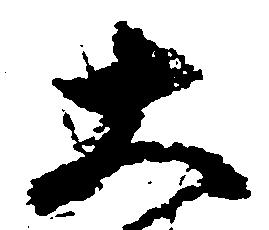
大